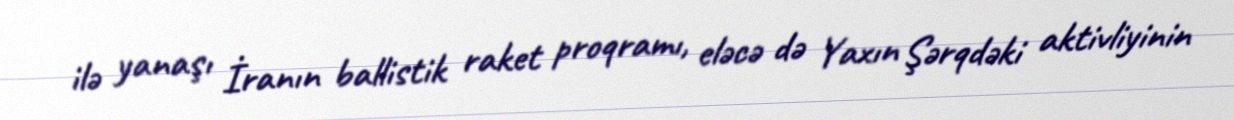
ilə yanaşı İranın ballistik raket proqramı, eləcə də Yaxın Şərqdəki aktivliyinin